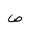
Letter: _sad